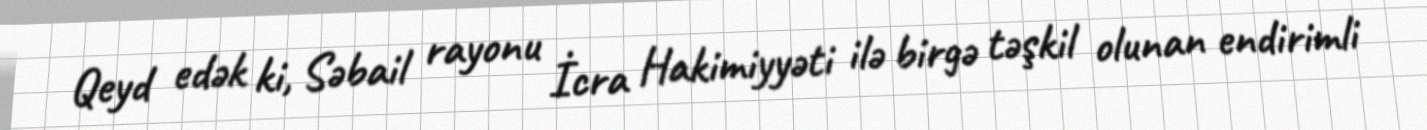
Qeyd edək ki, Səbail rayonu İcra Hakimiyyəti ilə birgə təşkil olunan endirimli